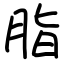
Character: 脂